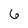
Character: 6